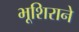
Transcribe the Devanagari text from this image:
भूशिराने